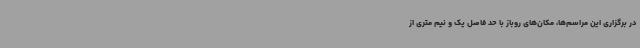
در برگزاری این مراسم‌ها، مکان‌های روباز با حد فاصل یک و نیم متری از